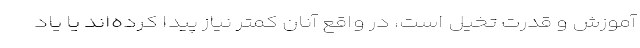
آموزش و قدرت تخیل است، در واقع آنان کمتر نیاز پیدا کرده‌اند یا یاد